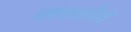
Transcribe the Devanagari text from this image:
संघर्षांने